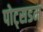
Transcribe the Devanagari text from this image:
पोट्सडम